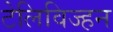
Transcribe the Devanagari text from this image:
टेलिविज्हन